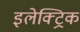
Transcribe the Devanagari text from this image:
इलेक्ट्रिक